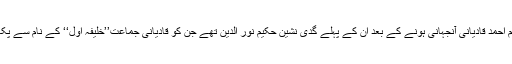
مرزا غلام احمد قادیانی آنجہانی ہونے کے بعد ان کے پہلے گدی نشین حکیم نور الدین تھے جن کو قادیانی جماعت’’خلیفہ اول‘‘ کے نام سے پکارتی ہے۔